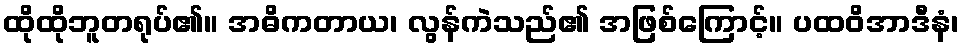
ထိုထိုဘူတရုပ်၏။ အဓိကတာယ၊ လွန်ကဲသည်၏ အဖြစ်ကြောင့်။ ပထဝိအာဒီနံ၊